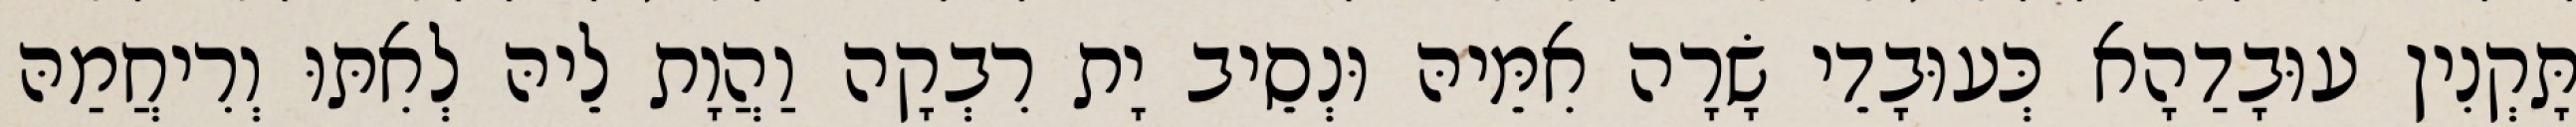
תָּקְנִין עוּבָדַהָא כְּעוּבָדֵי שָׂרָה אִמֵּיהּ וּנְסֵיב יָת רִבְקָה וַהֲוָת לֵיהּ לְאִתּוּ וְרִיחֲמַהּ